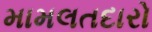
મામલતદારો